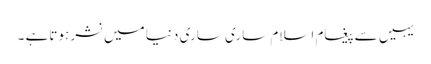
یہیں سےپیغامِ اسلام ساری ساری دنیا میں نشر ہوتاہے ۔